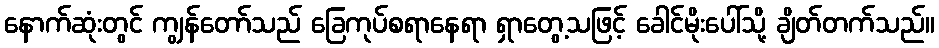
နောက်ဆုံးတွင် ကျွန်တော်သည် ခြေကုပ်စရာနေရာ ရှာတွေ့သဖြင့် ခေါင်မိုးပေါ်သို့ ချိတ်တက်သည်။